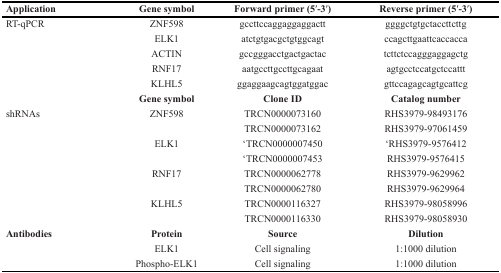
<table><thead><tr><td><b>Application</b></td><td><b>Gene symbol</b></td><td><b>Forward primer (5′-3′)</b></td><td><b>Reverse primer (5′-3′)</b></td></tr></thead><tbody><tr><td>RT-qPCR</td><td>ZNF598</td><td>gccttccaggaggaggactt</td><td>ggggctgtgctaccttcttg</td></tr><tr><td></td><td>ELK1</td><td>atctgtgacgctgtggcagt</td><td>ccagcttgaattcaccacca</td></tr><tr><td></td><td>ACTIN</td><td>gccgggacctgactgactac</td><td>tcttctccagggaggagctg</td></tr><tr><td></td><td>RNF17</td><td>aatgccttgccttgcagaat</td><td>agtgcctccatgctccattt</td></tr><tr><td></td><td>KLHL5</td><td>ggaggaagcagtggatggac</td><td>gttccagagcagtgcattcg</td></tr><tr><td></td><td><b>Gene symbol</b></td><td><b>Clone ID</b></td><td><b>Catalog number</b></td></tr><tr><td>shRNAs</td><td>ZNF598</td><td>TRCN0000073160</td><td>RHS3979-98493176</td></tr><tr><td></td><td></td><td>TRCN0000073162</td><td>RHS3979-97061459</td></tr><tr><td></td><td>ELK1</td><td>‘TRCN0000007450</td><td>‘RHS3979-9576412</td></tr><tr><td></td><td></td><td>‘TRCN0000007453</td><td>RHS3979-9576415</td></tr><tr><td></td><td>RNF17</td><td>TRCN0000062778</td><td>RHS3979-9629962</td></tr><tr><td></td><td></td><td>TRCN0000062780</td><td>RHS3979-9629964</td></tr><tr><td></td><td>KLHL5</td><td>TRCN0000116327</td><td>RHS3979-98058996</td></tr><tr><td></td><td></td><td>TRCN0000116330</td><td>RHS3979-98058930</td></tr><tr><td><b>Antibodies</b></td><td><b>Protein</b></td><td><b>Source</b></td><td><b>Dilution</b></td></tr><tr><td></td><td>ELK1</td><td>Cell signaling</td><td>1:1000 dilution</td></tr><tr><td></td><td>Phospho-ELK1</td><td>Cell signaling</td><td>1:1000 dilution</td></tr></tbody></table>